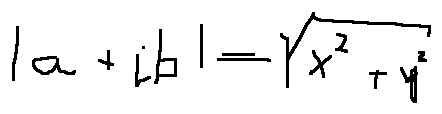
| a + i b | = \sqrt { x ^ { 2 } + y ^ { 2 } }